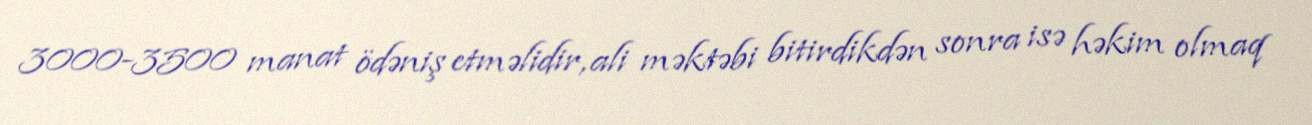
3000-3500 manat ödəniş etməlidir, ali məktəbi bitirdikdən sonra isə həkim olmaq